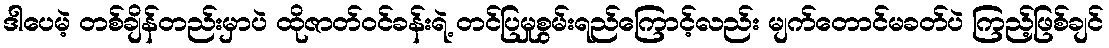
ဒါပေမဲ့ တစ်ချိန်တည်းမှာပဲ ထိုဇာတ်ဝင်ခန်းရဲ့ တင်ပြမှုစွမ်းရည်ကြောင့်လည်း မျက်တောင်မခတ်ပဲ ကြည့်ဖြစ်ချင်